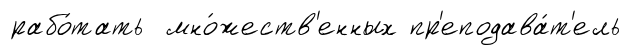
рабо́тать мно́жеств'енных пр'еподава́т'ель